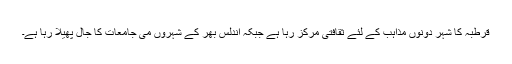
قرطبہ کا شہر دونوں مذاہب کے لئے ثقافتی مرکز رہا ہے جبکہ اندلس بھر کے شہروں می جامعات کا جال پھیلا رہا ہے۔